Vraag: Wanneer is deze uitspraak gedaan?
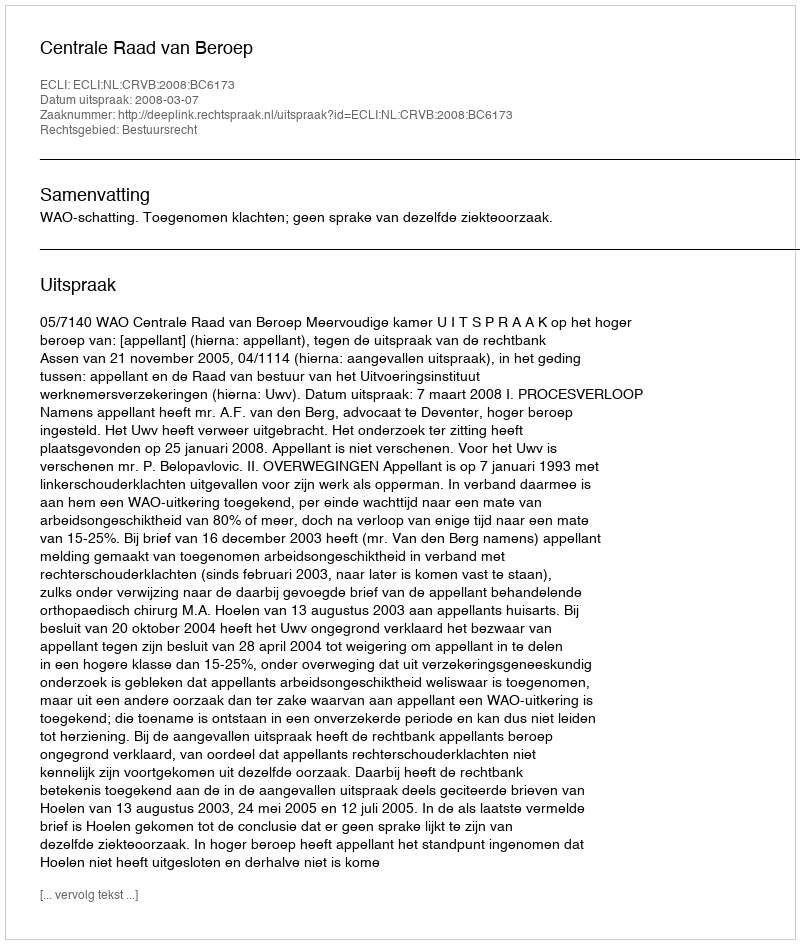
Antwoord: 2008-03-07